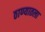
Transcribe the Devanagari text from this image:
ठाण्यातला